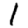
Digit: 1